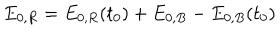
E _ { 0 , R } = E _ { 0 , R } ( t _ { 0 } ) + E _ { 0 , B } - E _ { 0 , B } ( t _ { 0 } )